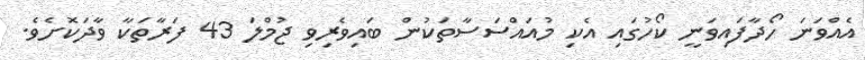
އެއްވަނަ ހޯދާފައިވަނީ ކޯހުގައި އެކި މުއައްސަސާތަކުން ބައިވެރިވި ޖުމްލަ 43 ފަރާތަކާ ވާދަކޮށެވެ.